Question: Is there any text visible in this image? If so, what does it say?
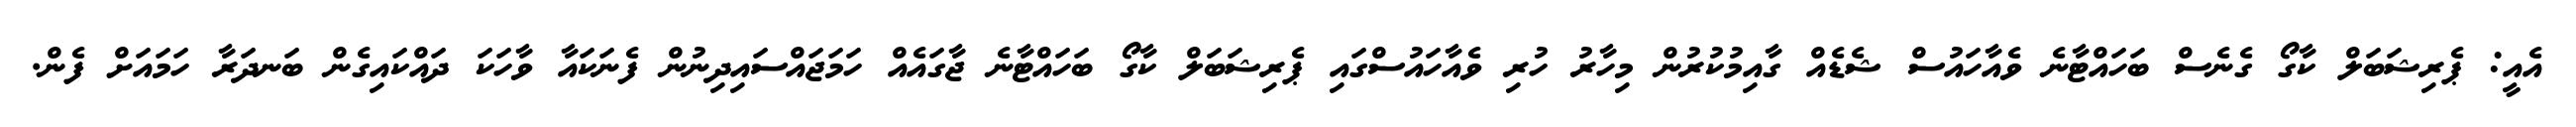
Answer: އެއީ: ޕެރިޝަބަލް ކާގޯ ގެނެސް ބަހައްޓާނެ ވެއާހައުސް ޝެޑެއް ގާއިމުކުރުން މިހާރު ހުރި ވެއާހައުސްގައި ޕެރިޝަބަލް ކާގޯ ބަހައްޓާނެ ޖާގައެއް ހަމަޖައްސައިދިނުން ފެނަކައާ ވާހަކަ ދައްކައިގެން ބަނދަރާ ހަމައަށް ފެން.